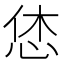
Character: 恷